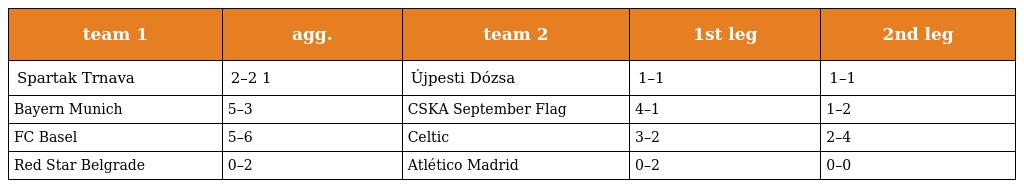
| team 1 | agg. | team 2 | 1st leg | 2nd leg |
 | --- | --- | --- | --- | --- |
 | Spartak Trnava | 2–2 1 | Újpesti Dózsa | 1–1 | 1–1 |
 | Bayern Munich | 5–3 | CSKA September Flag | 4–1 | 1–2 |
 | FC Basel | 5–6 | Celtic | 3–2 | 2–4 |
 | Red Star Belgrade | 0–2 | Atlético Madrid | 0–2 | 0–0 |